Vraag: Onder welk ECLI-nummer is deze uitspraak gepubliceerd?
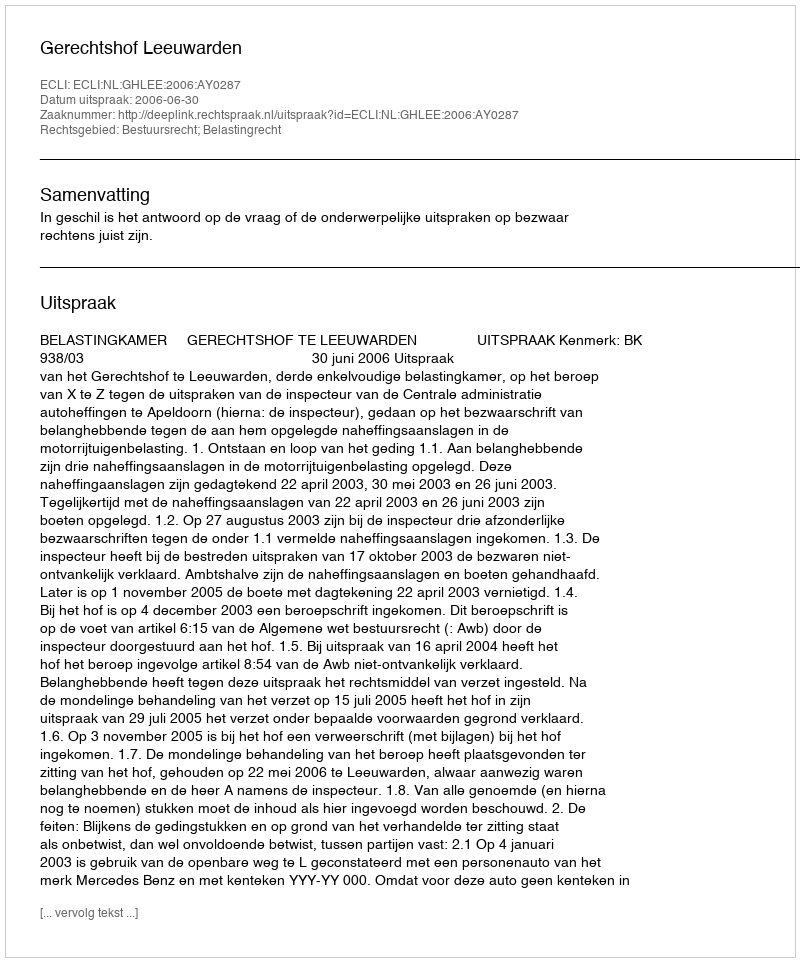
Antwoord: ECLI:NL:GHLEE:2006:AY0287